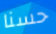
حسنا